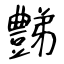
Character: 豑